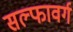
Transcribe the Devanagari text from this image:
सल्फावर्ग